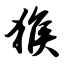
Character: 猴